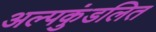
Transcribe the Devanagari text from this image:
अल्पकुंडलित